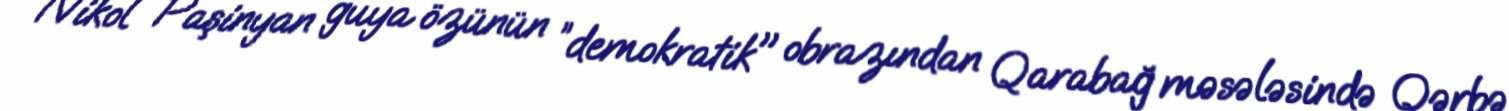
“Nikol Paşinyan guya özünün ”demokratik" obrazından Qarabağ məsələsində Qərbə